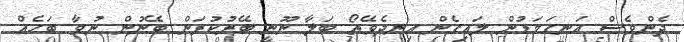
ދެންވެސް އަނގަމަޑުން ލައިގެން އިނދެވޭތޯ ބަލާ ނޫނީ ބޭރުކުރަން ބޭނުން ނުވާ ބަހެއް